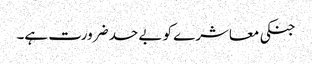
جنکی معاشرے کو بے حد ضرورت ہے۔